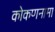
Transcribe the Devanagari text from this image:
कोकणनामा